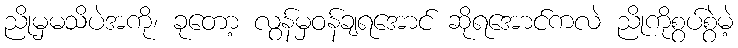
ညိုမှမသိပဲအကို၊ ခုတော့ လွန်မှဝန်ချရအောင် ဆိုရအောင်ကလဲ ညိုကိုစွပ်စွဲမဲ့